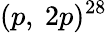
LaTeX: (p,~2p)^{28}